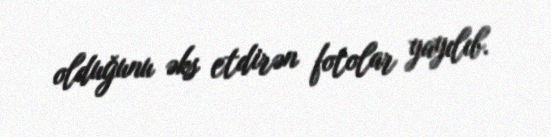
olduğunu əks etdirən fotolar yayılıb.